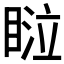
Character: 𰥴